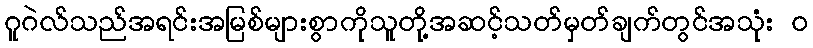
ဂူဂဲလ်သည်အရင်းအမြစ်များစွာကိုသူတို့အဆင့်သတ်မှတ်ချက်တွင်အသုံး ၀